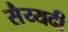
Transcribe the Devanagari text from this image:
सैय्यदी